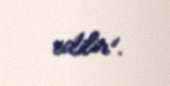
edilir”.